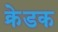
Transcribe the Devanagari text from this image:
क्रेडक